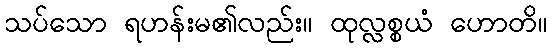
သပ်သော ရဟန်းမ၏လည်း။ ထုလ္လစ္စယံ ဟောတိ။